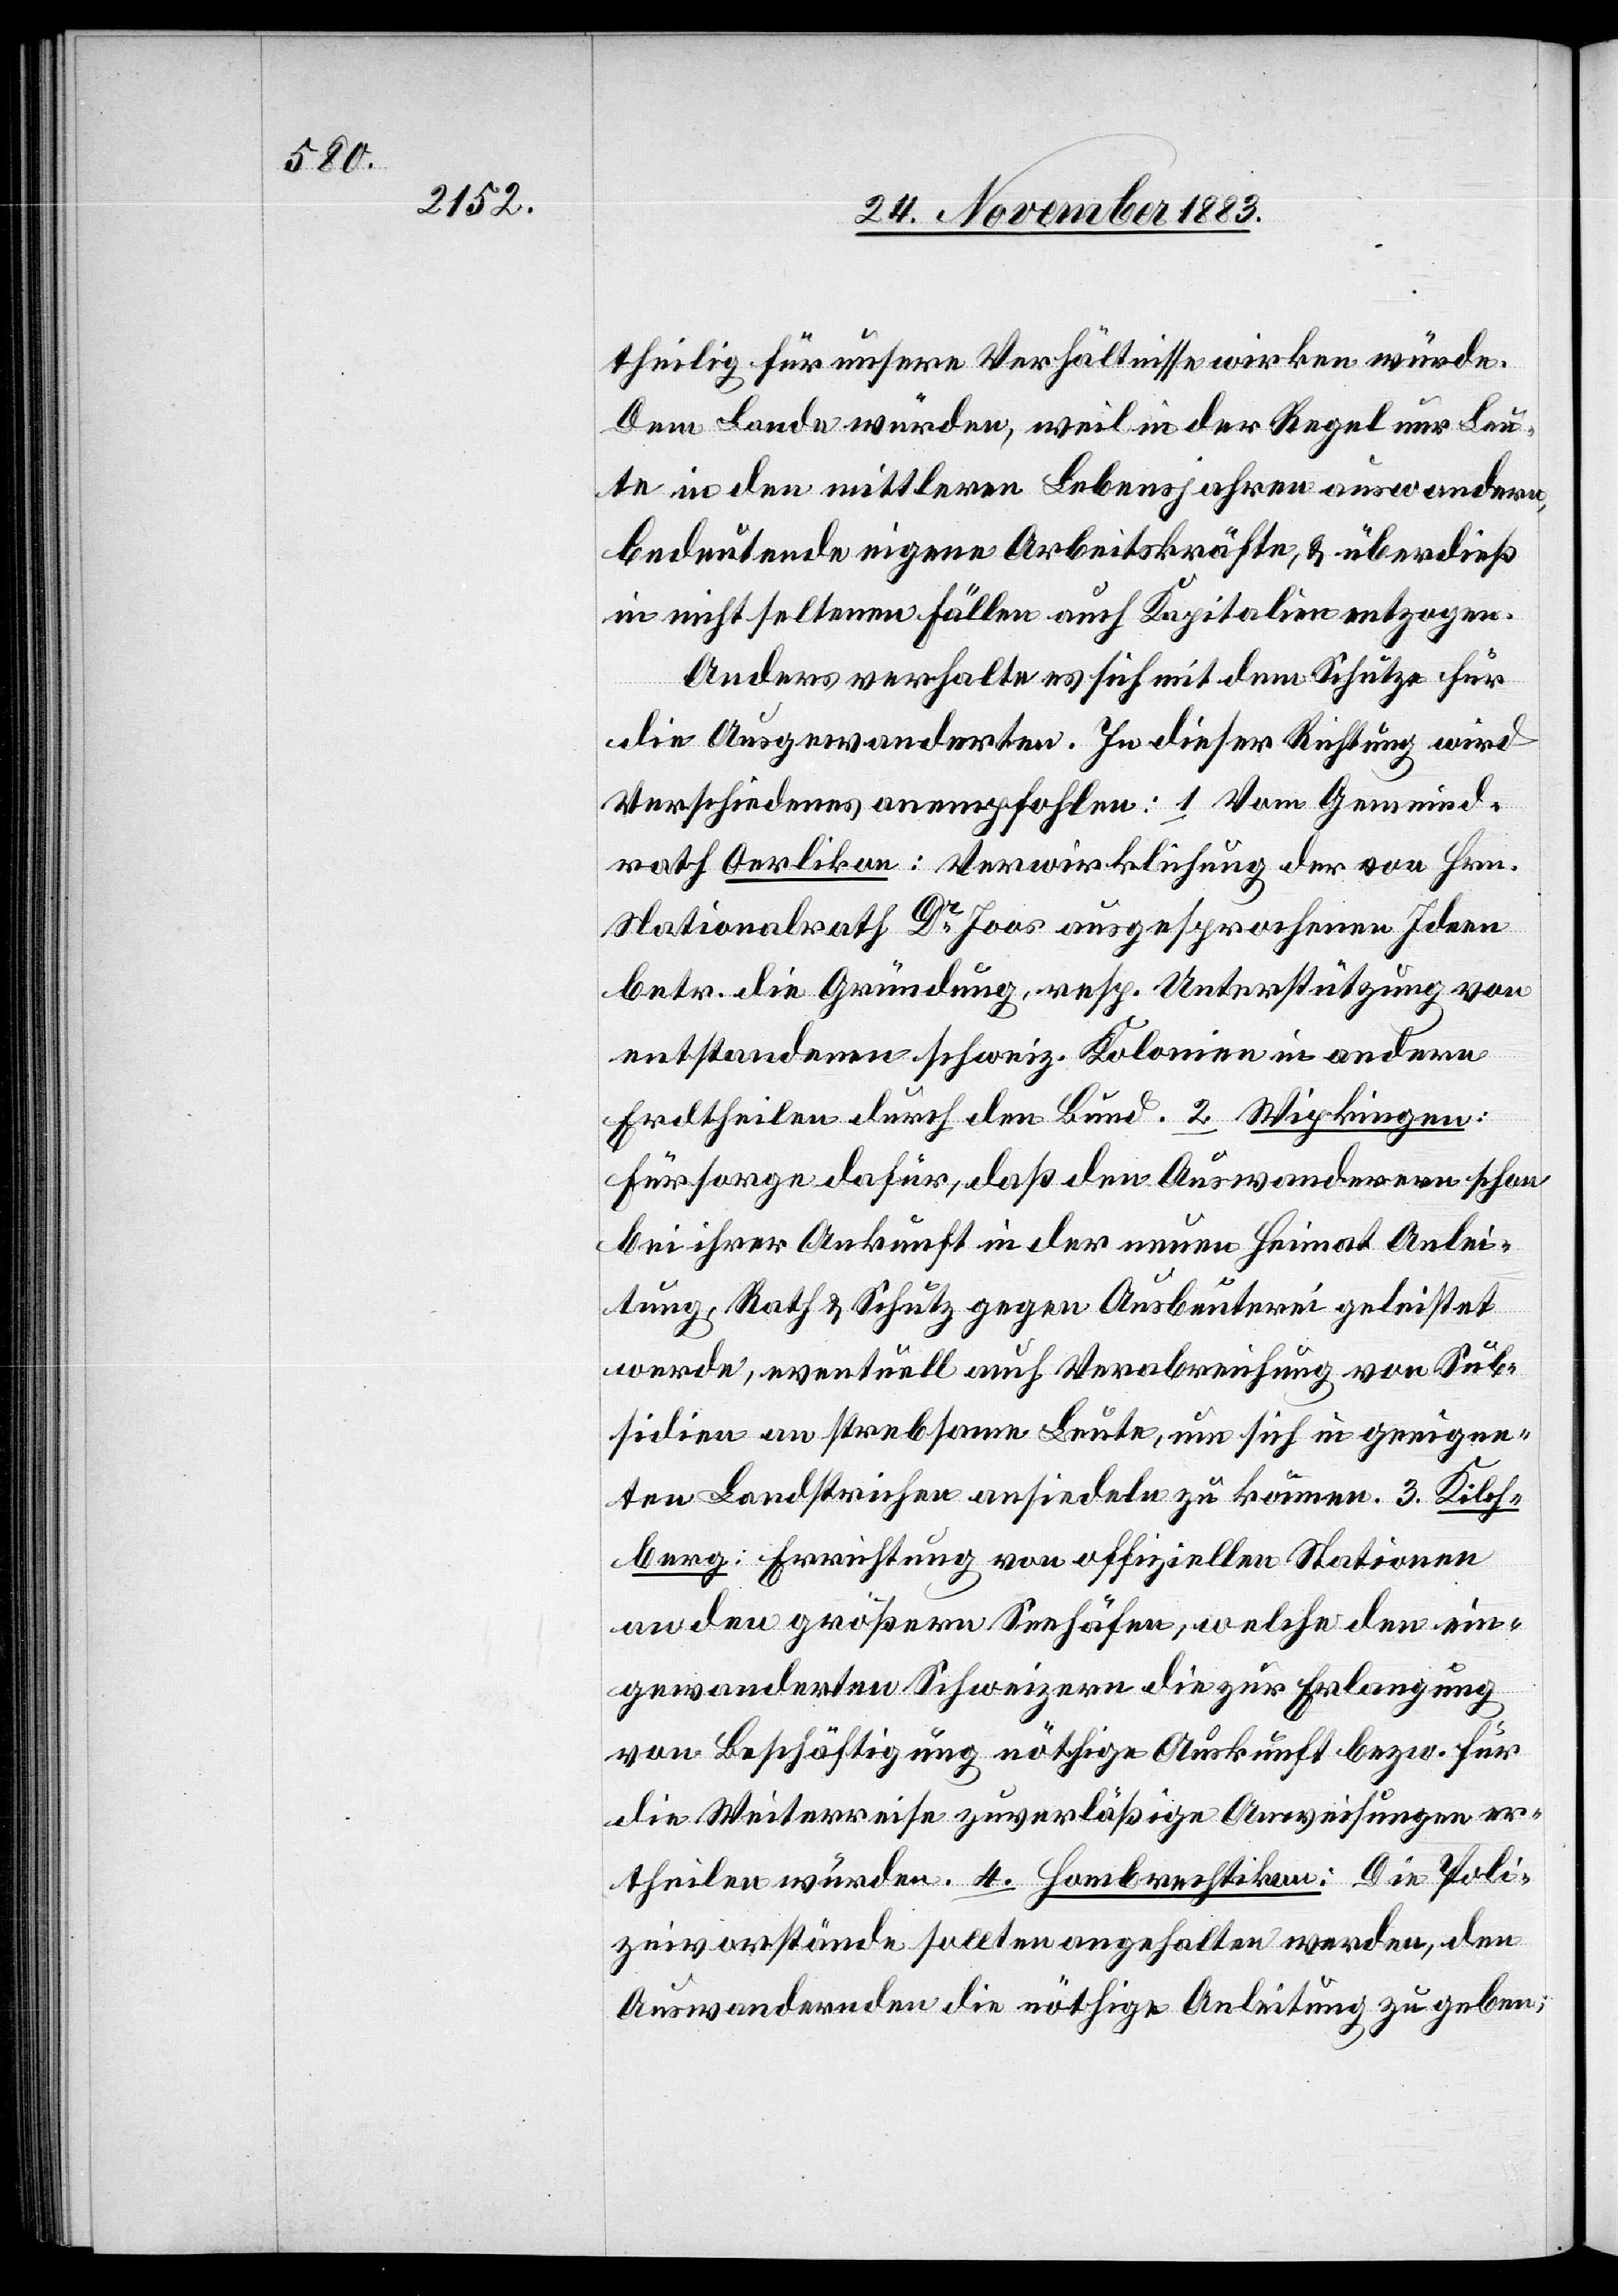
theilig für unsere Verhältnisse wirken würde.
Dem Lande würden, weil in der Regel nur Leu¬
te in den mittleren Lebensjahren auswandern,
bedeutende eigene Arbeitskräfte, & überdieß
in nicht seltenen Fällen auch Kapitalien entzogen.
Anders verhalte es sich mit dem Schutze für
die Ausgewanderten. In dieser Richtung wird
Verschiedenes anempfohlen: 1. Vom Gemeind¬
rath Oerlikon: Verwirklichung der von Hrn.
Nationalrath Dr Joos ausgesprochenen Ideen
betr. die Gründung resp. Unterstützung von
entstandenen schweiz. Kolonien in andern
Erdtheilen durch den Bund. 2. Wipkingen:
Fürsorge dafür, daß den Auswanderern schon
bei ihrer Ankunft in der neuen Heimat Anlei¬
tung, Rath & Schutz gegen Ausbeuterei geleistet
werde, eventuell auch Verabreichung von Sub¬
sidien anstrebsame Leute, um sich in geeigne¬
ten Landstrichen ansiedeln zu können. 3. Kilch¬
berg: Errichtung von offiziellen Stationen
an den größern Seehöfen, welche den ein¬
gewanderten Schweizern die zur Erlangung
von Beschäftigung nöthige Auskunft bezw. für
die Weiterreise zuverläßige Anweisungen er¬
theilen würden. 4. Hombrechtikon: Die Poli¬
zeivorstände sollten angehalten werden, den
Auswandernden die nöthige Anleitung zu geben;